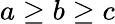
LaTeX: a\geq b\geq c